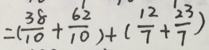
= ( \frac { 3 8 } { 1 0 } + \frac { 6 2 } { 1 0 } ) + ( \frac { 1 2 } { 7 } + \frac { 2 3 } { 7 } )